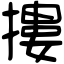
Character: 摟